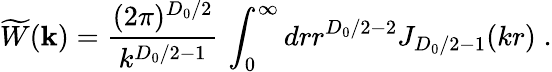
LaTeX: \widetilde{W}({\mathbf k})=\frac{(2\pi)^{{D_{0}}/2}}{k^{{D_{0}}/2-1}}\, \int_{0}^{\infty}drr^{{D_{0}}/2-2}J_{{D_{0}}/2-1}(kr)\; .